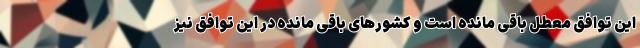
این توافق معطل باقی مانده است و کشورهای باقی مانده در این توافق نیز